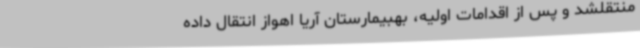
منتقلشد و پس از اقدامات اولیه، بهبیمارستان آریا اهواز انتقال داده